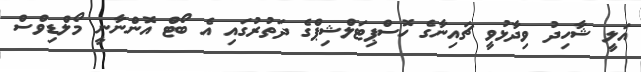
އަލީ ޝާހިދު ވިދާޅުވީ ޗައިނާގެ ހޮސްޕިޓަލްޝިޕްގެ ދަތުރުގައި އެ ބޯޓް އޮންނާނީ މޯލްޑިވްސް